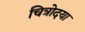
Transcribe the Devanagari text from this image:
चित्रोदया